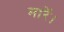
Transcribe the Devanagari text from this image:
मारें।